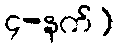
၄-နက်)